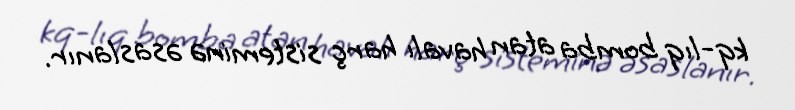
kq-lıq bomba atan havalı harç sisteminə əsaslanır.